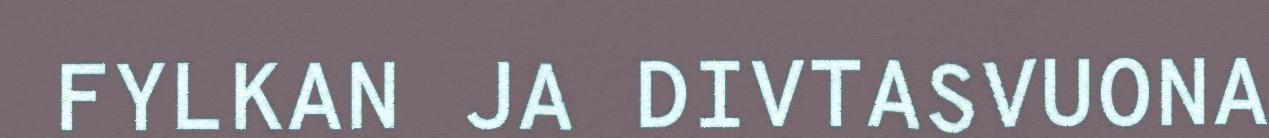
FYLKAN JA DIVTASVUONA